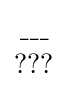
{\begin{matrix}\_\_\_\\???\end{matrix}}